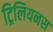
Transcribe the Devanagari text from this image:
ट्रिलियनस